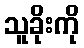
သူခိုးကို